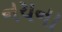
નયના